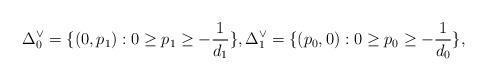
LaTeX: \begin{align*}\Delta^\vee_0= \{ (0, p_1): 0\geq p_1\geq -\frac{1}{d_1} \}, \Delta^\vee_1= \{ (p_0, 0): 0\geq p_0\geq -\frac{1}{d_0} \},\end{align*}